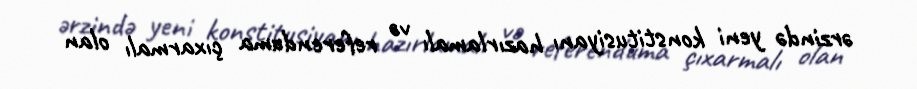
ərzində yeni konstitusiyanı hazırlamalı və referenduma çıxarmalı olan